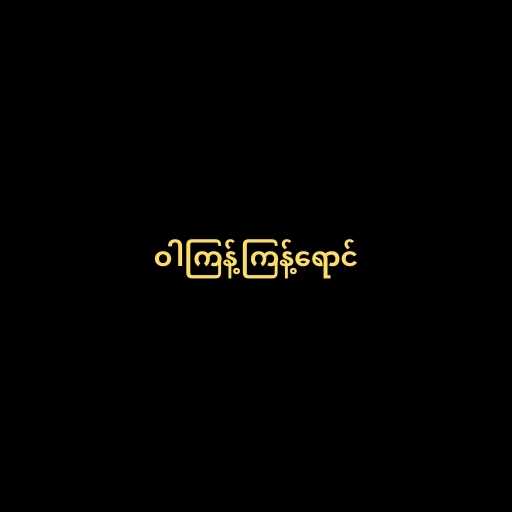
ဝါကြန့်ကြန့်ရောင်